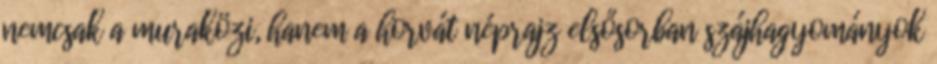
nemcsak a muraközi, hanem a horvát néprajz elsősorban szájhagyományok